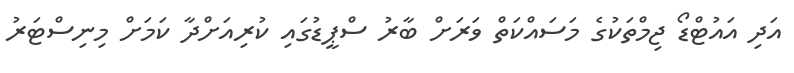
އަދި އައުޓްޑޯ ޖިމްތަކުގެ މަސައްކަތް ވަރަށް ބާރު ސްޕީޑުގައި ކުރިއަށްދާ ކަމަށް މިނިސްޓަރު